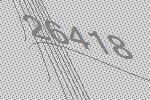
26418